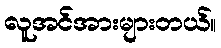
လူအင်အားများတယ်။